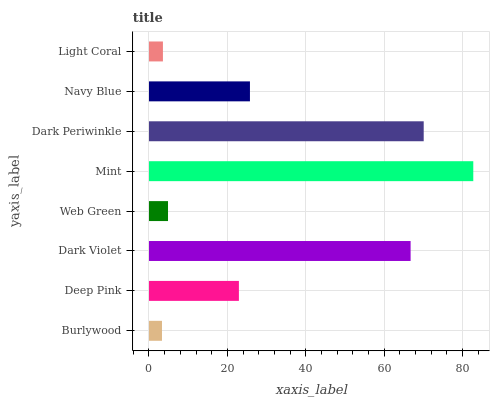
| yaxis_label | bars |
 | --- | --- |
 | Burlywood | 3.32 |
 | Deep Pink | 22.9 |
 | Dark Violet | 66.8 |
 | Web Green | 4.85 |
 | Mint | 82.8 |
 | Dark Periwinkle | 70.1 |
 | Navy Blue | 25.8 |
 | Light Coral | 3.55 |